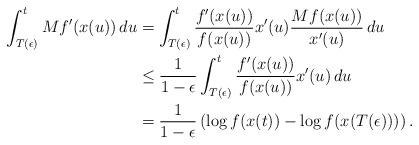
LaTeX: \begin{align*}\int_{T(\epsilon)}^{t} Mf'(x(u))\,du &= \int_{T(\epsilon)}^{t} \frac{f'(x(u))}{f(x(u))}x'(u)\frac{Mf(x(u))}{x'(u)}\,du \\&\leq \frac{1}{1-\epsilon}\int_{T(\epsilon)}^{t} \frac{f'(x(u))}{f(x(u))}x'(u)\,du\\&= \frac{1}{1-\epsilon}\left(\log f(x(t))-\log f(x(T(\epsilon)))\right).\end{align*}